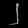
Digit: ၂